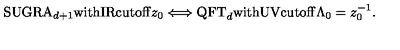
\mathrm { S U G R A } _ { d + 1 } \mathrm { w i t h I R c u t o f f } z _ { 0 } \Longleftrightarrow \mathrm { Q F T } _ { d } \mathrm { w i t h U V c u t o f f } \Lambda _ { 0 } = z _ { 0 } ^ { - 1 } .